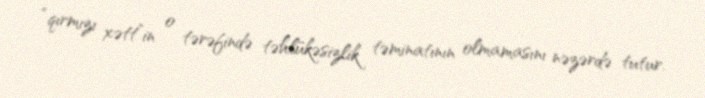
“qırmızı xətt”in o tərəfində təhlükəsizlik təminatının olmamasını nəzərdə tutur.